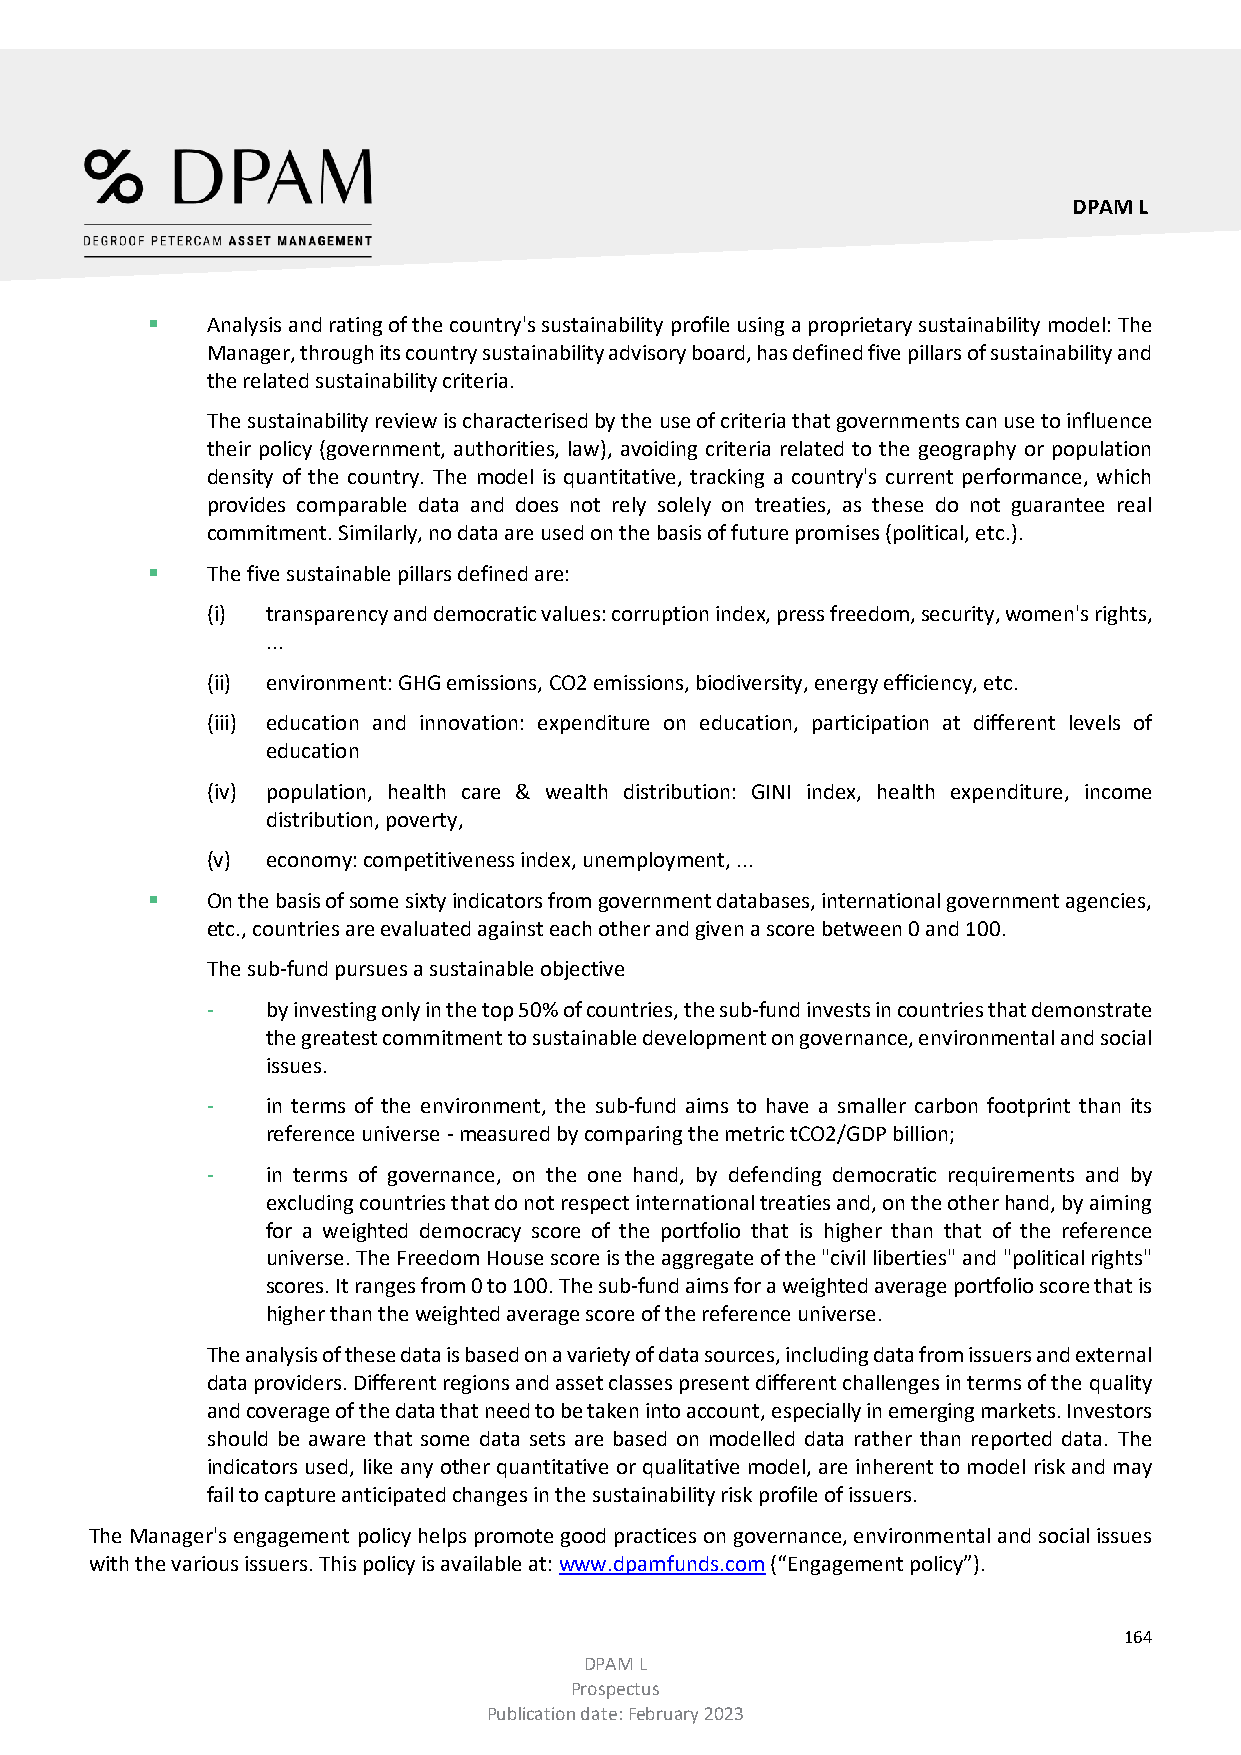
DPAM L
    Analysis and rating of the country's sustainability profile using a proprietary sustainability model: The
 Manager, through its country sustainability advisory board, has defined five pillars of sustainability and
 the related sustainability criteria.
 The sustainability review is characterised by the use of criteria that governments can use to influence
 their policy (government, authorities, law), avoiding criteria related to the geography or population
 density of the country. The model is quantitative, tracking a country's current performance, which
 provides comparable data and does not rely solely on treaties, as these do not guarantee real
 commitment. Similarly, no data are used on the basis of future promises (political, etc.).
    The five sustainable pillars defined are:
 (i) transparency and democratic values: corruption index, press freedom, security, women's rights,
 ...
 (ii) environment: GHG emissions, CO2 emissions, biodiversity, energy efficiency, etc.
 (iii) education and innovation: expenditure on education, participation at different levels of
 education
 (iv) population, health care & wealth distribution: GINI index, health expenditure, income
 distribution, poverty,
 (v) economy: competitiveness index, unemployment, ...
    On the basis of some sixty indicators from government databases, international government agencies,
 etc., countries are evaluated against each other and given a score between 0 and 100.
 The sub-fund pursues a sustainable objective
 -   by investing only in the top 50% of countries, the sub-fund invests in countries that demonstrate
 the greatest commitment to sustainable development on governance, environmental and social
 issues.
 -   in terms of the environment, the sub-fund aims to have a smaller carbon footprint than its
 reference universe - measured by comparing the metric tCO2/GDP billion;
 -   in terms of governance, on the one hand, by defending democratic requirements and by
 excluding countries that do not respect international treaties and, on the other hand, by aiming
 for a weighted democracy score of the portfolio that is higher than that of the reference
 universe. The Freedom House score is the aggregate of the "civil liberties" and "political rights"
 scores. It ranges from 0 to 100. The sub-fund aims for a weighted average portfolio score that is
 higher than the weighted average score of the reference universe.
 The analysis of these data is based on a variety of data sources, including data from issuers and external
 data providers. Different regions and asset classes present different challenges in terms of the quality
 and coverage of the data that need to be taken into account, especially in emerging markets. Investors
 should be aware that some data sets are based on modelled data rather than reported data. The
 indicators used, like any other quantitative or qualitative model, are inherent to model risk and may
 fail to capture anticipated changes in the sustainability risk profile of issuers.
 The Manager's engagement policy helps promote good practices on governance, environmental and social issues
 with the various issuers. This policy is available at: www.dpamfunds.com (“Engagement policy”).
 164
 DPAM L
 Prospectus
 Publication date: February 2023